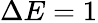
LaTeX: \Delta E=1